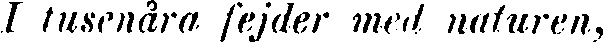
I tusenåra fejder med naturen,